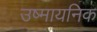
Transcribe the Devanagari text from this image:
उष्मायनिक